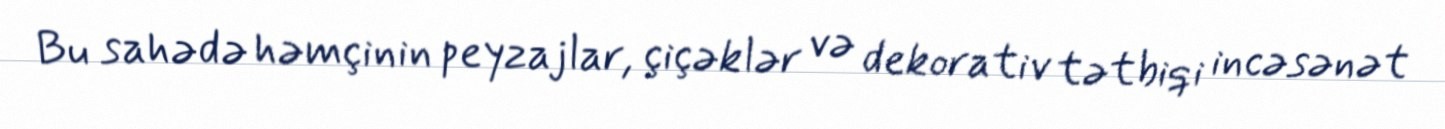
Bu sahədə həmçinin peyzajlar, çiçəklər və dekorativ tətbiqi incəsənət